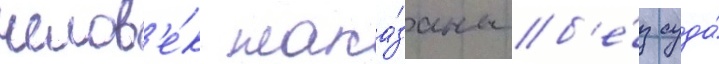
челов'е́к нака́заны б'е́з суда́